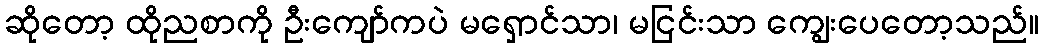
ဆိုတော့ ထိုညစာကို ဦးကျော်ကပဲ မရှောင်သာ၊ မငြင်းသာ ကျွေးပေတော့သည်။